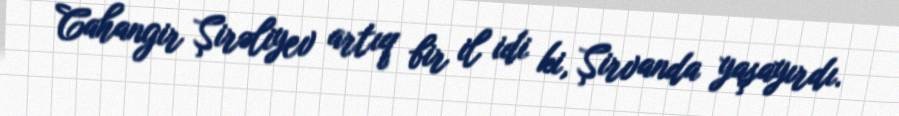
Cahangir Şirəliyev artıq bir il idi ki, Şirvanda yaşayırdı.